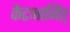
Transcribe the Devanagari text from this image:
कैटभाजित्